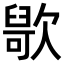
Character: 𣤑